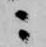
ニ